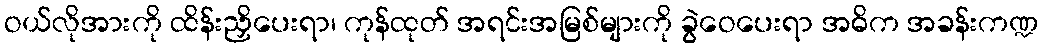
ဝယ်လိုအားကို ထိန်းညှိပေးရာ၊ ကုန်ထုတ် အရင်းအမြစ်များကို ခွဲဝေပေးရာ အဓိက အခန်းကဏ္ဍ